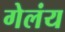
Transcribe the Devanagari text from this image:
गेलंय